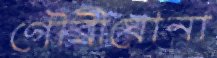
গৌরীঘোনা